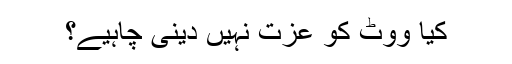
کیا ووٹ کو عزت نہیں دینی چاہیے؟